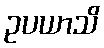
ဥပယာသိ